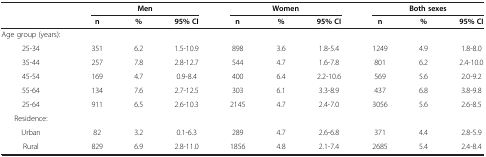
<table><thead><tr><td rowspan="2"><b> </b></td><td colspan="3"><b>Men</b></td><td colspan="3"><b>Women</b></td><td colspan="3"><b>Both sexes</b></td></tr><tr><td><b>n</b></td><td><b>%</b></td><td><b>95% CI</b></td><td><b>n</b></td><td><b>%</b></td><td><b>95% CI</b></td><td><b>n</b></td><td><b>%</b></td><td><b>95% CI</b></td></tr></thead><tbody><tr><td>Age group (years):</td><td> </td><td> </td><td> </td><td> </td><td> </td><td> </td><td> </td><td> </td><td> </td></tr><tr><td>25-34</td><td>351</td><td>6.2</td><td>1.5-10.9</td><td>898</td><td>3.6</td><td>1.8-5.4</td><td>1249</td><td>4.9</td><td>1.8-8.0</td></tr><tr><td>35-44</td><td>257</td><td>7.8</td><td>2.8-12.7</td><td>544</td><td>4.7</td><td>1.6-7.8</td><td>801</td><td>6.2</td><td>2.4-10.0</td></tr><tr><td>45-54</td><td>169</td><td>4.7</td><td>0.9-8.4</td><td>400</td><td>6.4</td><td>2.2-10.6</td><td>569</td><td>5.6</td><td>2.0-9.2</td></tr><tr><td>55-64</td><td>134</td><td>7.6</td><td>2.7-12.5</td><td>303</td><td>6.1</td><td>3.3-8.9</td><td>437</td><td>6.8</td><td>3.8-9.8</td></tr><tr><td>25-64</td><td>911</td><td>6.5</td><td>2.6-10.3</td><td>2145</td><td>4.7</td><td>2.4-7.0</td><td>3056</td><td>5.6</td><td>2.6-8.5</td></tr><tr><td>Residence:</td><td> </td><td> </td><td> </td><td> </td><td> </td><td> </td><td> </td><td> </td><td> </td></tr><tr><td>Urban</td><td>82</td><td>3.2</td><td>0.1-6.3</td><td>289</td><td>4.7</td><td>2.6-6.8</td><td>371</td><td>4.4</td><td>2.8-5.9</td></tr><tr><td>Rural</td><td>829</td><td>6.9</td><td>2.8-11.0</td><td>1856</td><td>4.8</td><td>2.1-7.4</td><td>2685</td><td>5.4</td><td>2.4-8.4</td></tr></tbody></table>